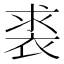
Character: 裘